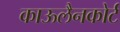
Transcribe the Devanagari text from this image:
काऊलैनकोर्ट